Leaving Certificate Examination (including Day School Certificate (Higher) General paper), 1935
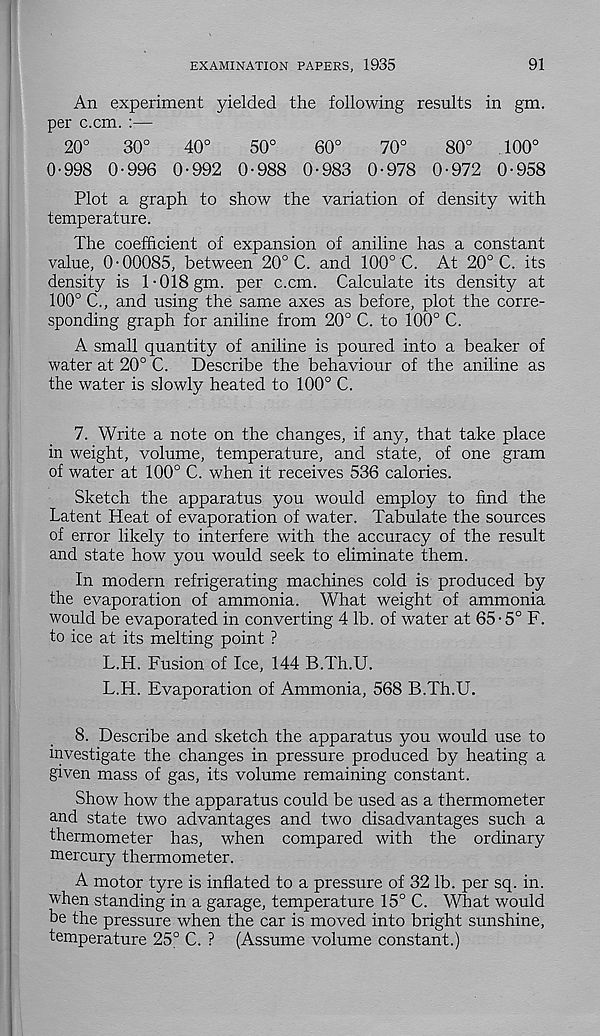
EXAMINATION PAPERS, 1935
91
An experiment yielded the following results in gm.
per c.cm. :—
20°
30°
40°
50°
60°
70°
80°
100°
0-998 0-996 0-992 0-988 0-983 0-978 0-972 0-958
Plot a graph to show the variation of density with
temperature.
The coefficient of expansion of aniline has a constant
value, 0-00085, between 20° C. and 100° C. At 20° C. its
density is l-018gm. per c.cm. Calculate its density at
100° C., and using the same axes as before, plot the corre-
sponding graph for aniline from 20° C. to 100° C.
A small quantity of aniline is poured into a beaker of
water at 20° C. Describe the behaviour of the aniline as
the water is slowly heated to 100° C.
7. Write a note on the changes, if any, that take place
in weight, volume, temperature, and state, of one gram
of water at 100° C. when it receives 536 calories.
Sketch the apparatus you would employ to find the
Latent Heat of evaporation of water. Tabulate the sources
of error likely to interfere with the accuracy of the result
and state how you would seek to eliminate them.
In modern refrigerating machines cold is produced by
the evaporation of ammonia. What weight of ammonia
would be evaporated in converting 4 lb. of water at 65-5° F.
to ice at its melting point ?
L.H. Fusion of Ice, 144 B.Th.U.
L.H. Evaporation of Ammonia, 568 B.Th.U.
8. Describe and sketch the apparatus you would use to
investigate the changes in pressure produced by heating a
given mass of gas, its volume remaining constant.
Show how the apparatus could be used as a thermometer
and state two advantages and two disadvantages such a
thermometer has, when compared with the ordinary
mercury thermometer.
A motor tyre is inflated to a pressure of 32 lb. per sq. in.
when standing in a garage, temperature 15° C. What would
be the pressure when the car is moved into bright sunshine,
temperature 25° C. ? (Assume volume constant.)